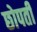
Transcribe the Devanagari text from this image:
छोपती